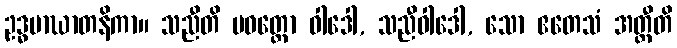
ဥဒ္ဓမာဃာတနိကာ။ သညီတိ ပဝတ္တော ဝါဒေါ, သညီဝါဒေါ, သော ဧတေသံ အတ္ထီတိ